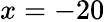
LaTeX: x=-20